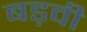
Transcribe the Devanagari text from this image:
बड़वी